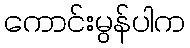
ကောင်းမွန်ပါက